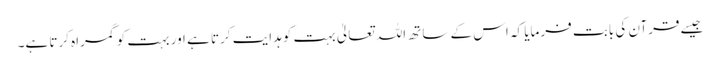
جیسے قرآن کی بابت فرمایا کہ اس کے ساتھ اللہ تعالیٰ بہت کو ہدایت کرتا ہے اور بہت کو گمراہ کرتا ہے۔